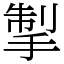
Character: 掣